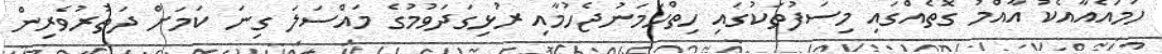
ހަމައެއާއެކު އާއްމު ގޮތެއްގައި މިސަފުތަކުގައި ހިތްހަމަނުޖެހުމާއި ރުޅިގަދަވުމުގެ މައްސަލަ ގިނަ ކަމަށް ދަތުރުވެރިން